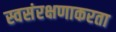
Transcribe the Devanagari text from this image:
स्वसंरक्षणाकरता